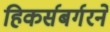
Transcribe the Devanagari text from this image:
हिकर्सबर्गरने